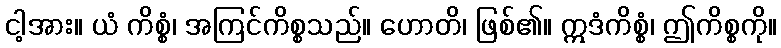
ငါ့အား။ ယံ ကိစ္စံ၊ အကြင်ကိစ္စသည်။ ဟောတိ၊ ဖြစ်၏။ ဣဒံကိစ္စံ၊ ဤကိစ္စကို။